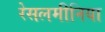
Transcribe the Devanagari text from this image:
रेसलमीनिया